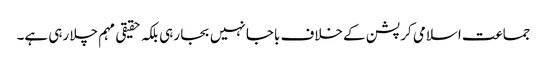
جماعت اسلامی کرپشن کے خلاف باجا نہیں بجا رہی بلکہ حقیقی مہم چلا رہی ہے۔